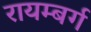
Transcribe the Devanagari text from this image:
रायम्बर्ग